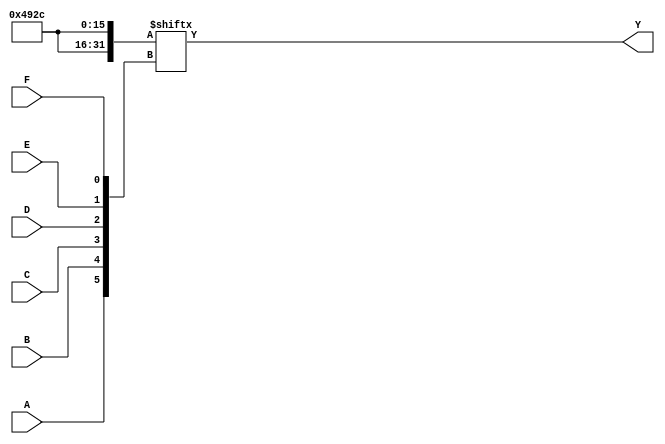
module kmap_6_variable (
    input wire A, // Input variable A
    input wire B, // Input variable B
    input wire C, // Input variable C
    input wire D, // Input variable D
    input wire E, // Input variable E
    input wire F, // Input variable F
    output wire Y // Output Y
);

    // Internal wire to represent the K-map cells
    wire [63:0] kmap;

    // Define the K-map values here (example values)
    // You should fill this with your specific minterms (1s) and don't-care conditions (X)
    assign kmap[0]  = 1'b0; // Minterm 0
    assign kmap[1]  = 1'b0; // Minterm 1
    assign kmap[2]  = 1'b1; // Minterm 2
    assign kmap[3]  = 1'b1; // Minterm 3
    assign kmap[4]  = 1'b0; // Minterm 4
    assign kmap[5]  = 1'b1; // Minterm 5
    assign kmap[6]  = 1'b0; // Minterm 6
    assign kmap[7]  = 1'b0; // Minterm 7
    assign kmap[8]  = 1'b1; // Minterm 8
    assign kmap[9]  = 1'b0; // Minterm 9
    assign kmap[10] = 1'b0; // Minterm 10
    assign kmap[11] = 1'b1; // Minterm 11
    assign kmap[12] = 1'b0; // Minterm 12
    assign kmap[13] = 1'b0; // Minterm 13
    assign kmap[14] = 1'b1; // Minterm 14
    assign kmap[15] = 1'b0; // Minterm 15
    // Continue filling in the K-map for minterms 16 to 63...

    // Calculate the index for the K-map based on the input variables
    wire [5:0] index;
    assign index = {A, B, C, D, E, F}; // Concatenate inputs to form the index

    // Output logic based on the K-map
    assign Y = kmap[index];

endmodule